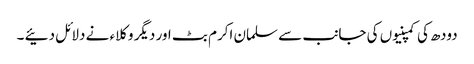
دودھ کی کمپنیوں کی جانب سے سلمان اکرم بٹ اور دیگر وکلاء نے دلائل دئیے ۔